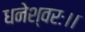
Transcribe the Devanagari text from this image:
धनेश्वरः।।